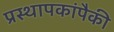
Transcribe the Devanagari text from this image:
प्रस्थापकांपैकी